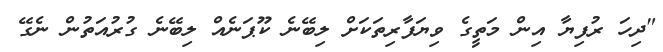
"ދިހަ ރުފިޔާ އިން މަތީގެ ވިޔަފާރިތަކަށް ލިބޭނެ ކޫޕަނެއް ލިބޭނެ ގުރުއަތުން ނެގޭ